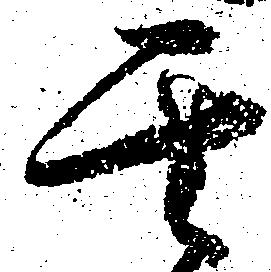
其